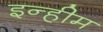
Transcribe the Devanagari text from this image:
इन्हीम